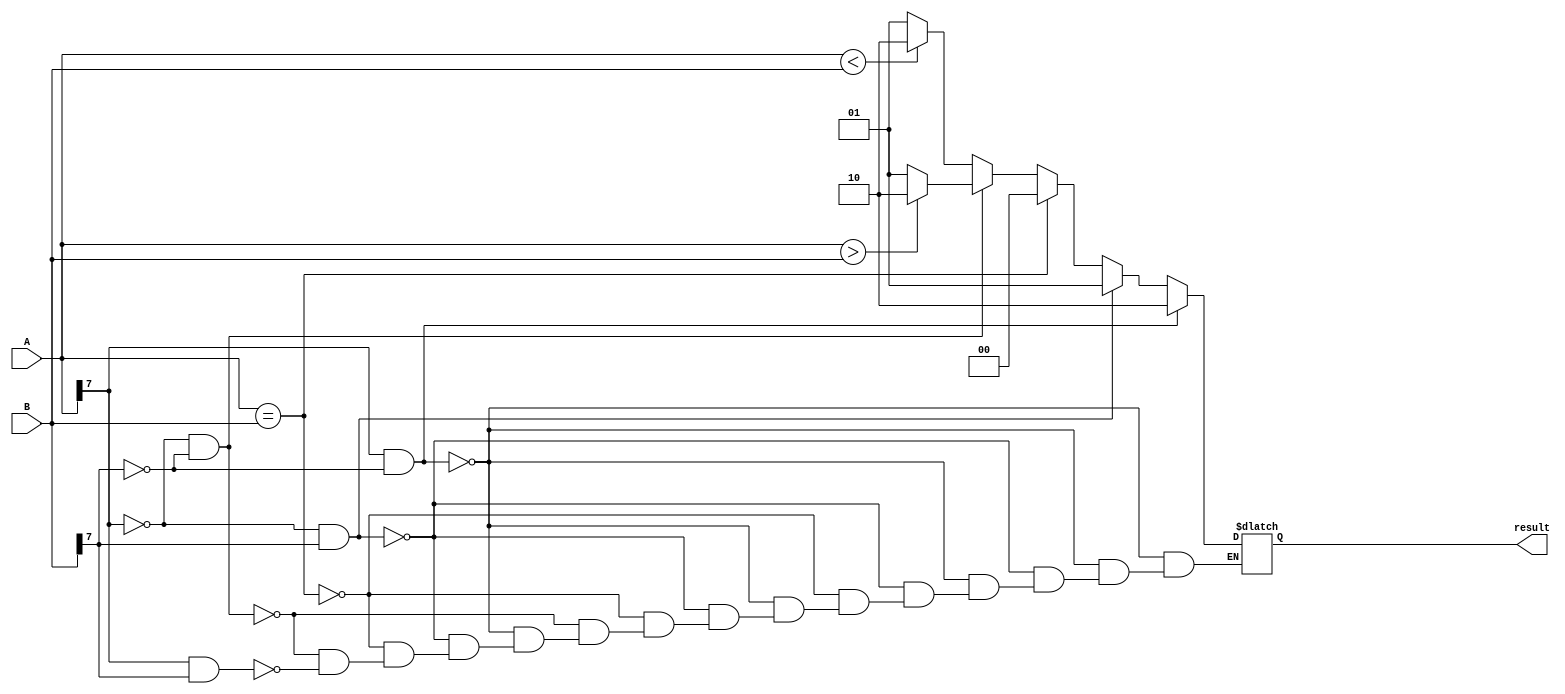
module signed_magnitude_comparator(
    input signed [7:0] A,
    input signed [7:0] B,
    output reg [1:0] result
);

always @(*)begin
    if(A[7] == 1 && B[7] == 0)begin
        result = 2'b10; // A is negative, B is positive
    end else if(A[7] == 0 && B[7] == 1)begin
        result = 2'b01; // A is positive, B is negative
    end else if(A == B)begin
        result = 2'b00; // A equals B
    end else if(A[7] == 0 && B[7] == 0)begin
        if(A > B)begin
            result = 2'b10; // A is greater than B
        end else begin
            result = 2'b01; // B is greater than A
        end
    end else if(A[7] == 1 && B[7] == 1)begin
        if(A < B)begin
            result = 2'b10; // A is less than B
        end else begin
            result = 2'b01; // B is less than A
        end
    end
end

endmodule